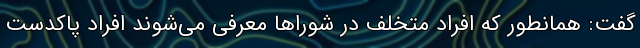
گفت: همانطور که افراد متخلف در شوراها معرفی می‌‌شوند افراد پاکدست